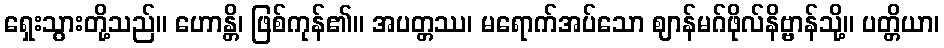
ရှေးသွားတို့သည်။ ဟောန္တိ၊ ဖြစ်ကုန်၏။ အပတ္တဿ၊ မရောက်အပ်သော ဈာန်မဂ်ဖိုလ်နိဗ္ဗာန်သို့။ ပတ္တိယာ၊